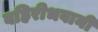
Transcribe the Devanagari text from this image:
बहिरीभवानी